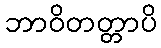
ဘာဝိတတ္တာပိ